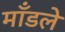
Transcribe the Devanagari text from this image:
माँडले